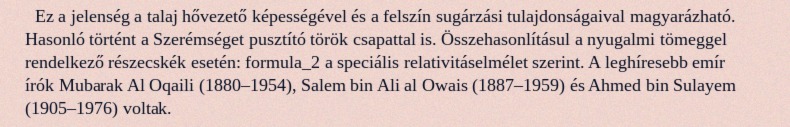
Ez a jelenség a talaj hővezető képességével és a felszín sugárzási tulajdonságaival magyarázható. Hasonló történt a Szerémséget pusztító török csapattal is. Összehasonlításul a nyugalmi tömeggel rendelkező részecskék esetén: formula_2 a speciális relativitáselmélet szerint. A leghíresebb emír írók Mubarak Al Oqaili (1880–1954), Salem bin Ali al Owais (1887–1959) és Ahmed bin Sulayem (1905–1976) voltak.